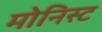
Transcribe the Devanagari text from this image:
मोनिस्ट